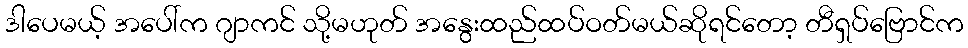
ဒါပေမယ့် အပေါ်က ဂျာကင် သို့မဟုတ် အနွေးထည်ထပ်ဝတ်မယ်ဆိုရင်တော့ တီရှပ်ဗြောင်က